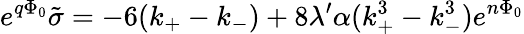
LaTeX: e^{q\Phi_{0}}\tilde{\sigma}=-6(k_{+}-k_{-})+8\lambda^{\prime}\alpha(k_{+}^{3}-k_{-}^{3})e^{n\Phi_{0}}